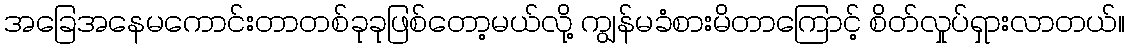
အခြေအနေမကောင်းတာတစ်ခုခုဖြစ်တော့မယ်လို့ ကျွန်မခံစားမိတာကြောင့် စိတ်လှုပ်ရှားလာတယ်။